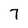
Character: 7